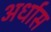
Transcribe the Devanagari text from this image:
अर्धास